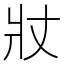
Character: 𭶾